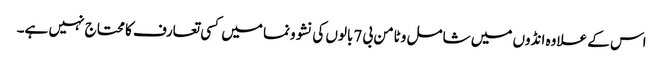
اس کے علاوہ انڈوں میں شامل وٹامن بی 7بالوں کی نشوونما میں کسی تعارف کا محتاج نہیں ہے۔